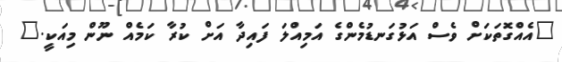
"އެއްގޮތަކަށް ވެސް އަޅުގަނޑުމެންގެ އަމިއްލަ ފައިދާ އަށް ކުރާ ކަމެއް ނޫން މިއަކީ."